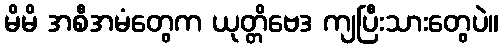
မိမိ အစီအမံတွေက ယုတ္တိဗေဒ ကျပြီးသားတွေပဲ။